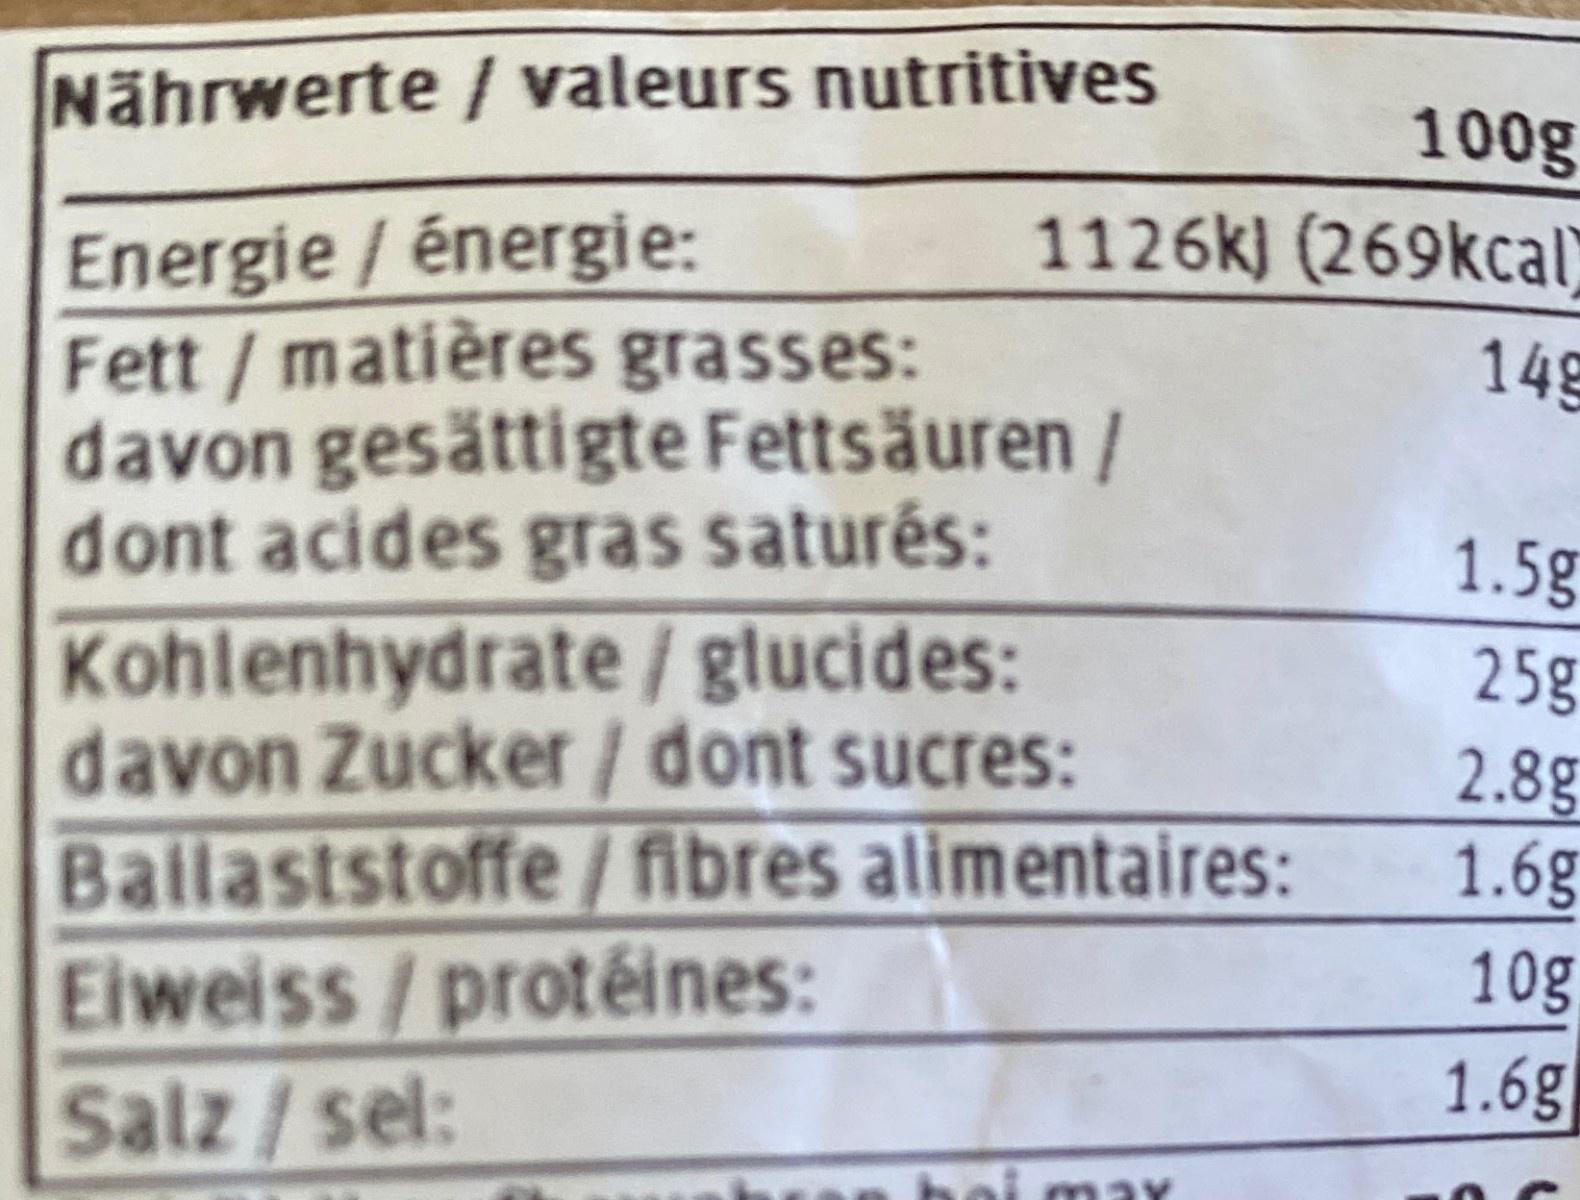
Nährwerte / valeurs nutritives
100g
1126k) (269kcal)
Energie / énergie: Fett / matières grasses: davon gesättigte Fettsäuren/ dont acides gras saturés:
14g
1.5g
Kohlenhydrate / glucides: davon Zucker / dont sucres: Balaststoffe/ fibres alimentaires: Eiweiss/protéines: Salz/sel:
25g 2.8g 1.6g
10g
1.6g